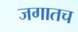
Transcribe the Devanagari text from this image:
जगातच